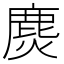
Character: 𲎋